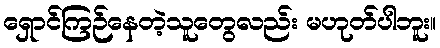
ရှောင်ကြဉ်နေတဲ့သူတွေလည်း မဟုတ်ပါဘူး။